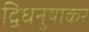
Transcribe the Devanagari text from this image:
द्विधनुषाकर